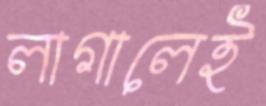
লাগালেই